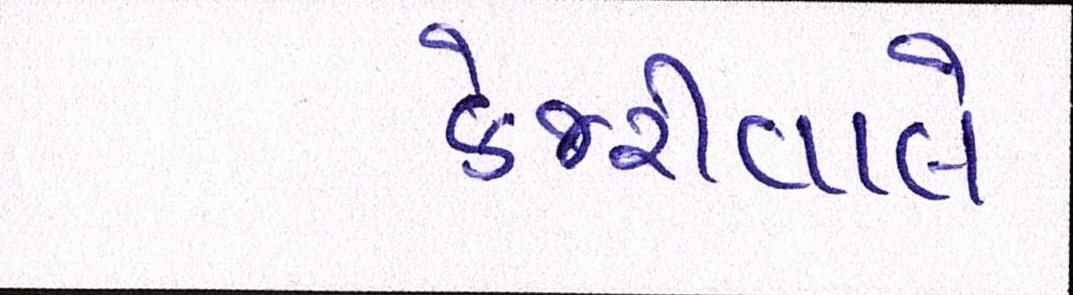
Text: કેજરીવાલે